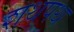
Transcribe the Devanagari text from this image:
शथपथ